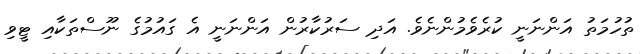
ތުހުމަތު އަންނަނީ ކުރެވެމުންނެވެ. އަދި ސަރުކާރުން އަންނަނީ އެ ގައުމުގެ ނޫސްތަކާއި ޓީވި